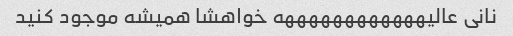
نانی عالیههههههههههههه خواهشا همیشه موجود کنید